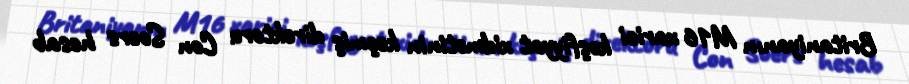
Britaniyanın M16 xarici kəşfiyyat xidmətinin keçmiş direktoru Con Soers hesab